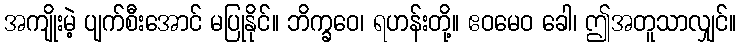
အကျိုးမဲ့ ပျက်စီးအောင် မပြုနိုင်။ ဘိက္ခဝေ၊ ရဟန်းတို့။ ဧဝမေဝ ခေါ၊ ဤအတူသာလျှင်။